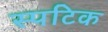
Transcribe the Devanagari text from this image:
स्पटिक